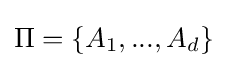
\Pi =\{A_{1},...,A_{d}\}